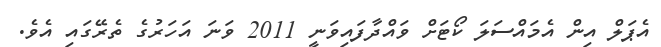
އެޕަލް އިން އެމައްސަލަ ކޯޓަށް ވައްދާފައިވަނީ 2011 ވަނަ އަހަރުގެ ތެރޭގައި އެވެ.